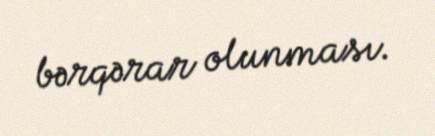
bərqərar olunması.